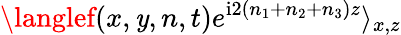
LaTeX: \langlef(x,\mathit{y},n,t)e^{\mathrm{{i}}2(n_{1}+n_{2}+n_{3})z}\rangle_{x,z}